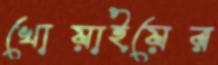
খোয়াইয়ের